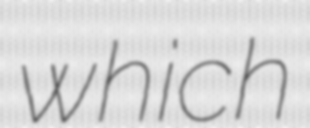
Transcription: which